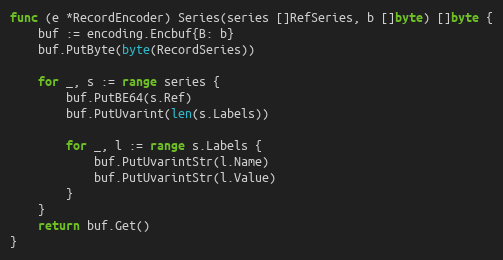
Language: Go
func (e *RecordEncoder) Series(series []RefSeries, b []byte) []byte {
	buf := encoding.Encbuf{B: b}
	buf.PutByte(byte(RecordSeries))

	for _, s := range series {
		buf.PutBE64(s.Ref)
		buf.PutUvarint(len(s.Labels))

		for _, l := range s.Labels {
			buf.PutUvarintStr(l.Name)
			buf.PutUvarintStr(l.Value)
		}
	}
	return buf.Get()
}